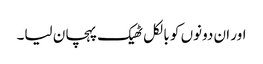
اور ان دونوں کو بالکل ٹھیک پہچان لیا۔